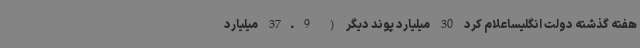
هفته گذشته دولت انگلیساعلام کرد 30 میلیارد پوند دیگر ( 37.9 میلیارد